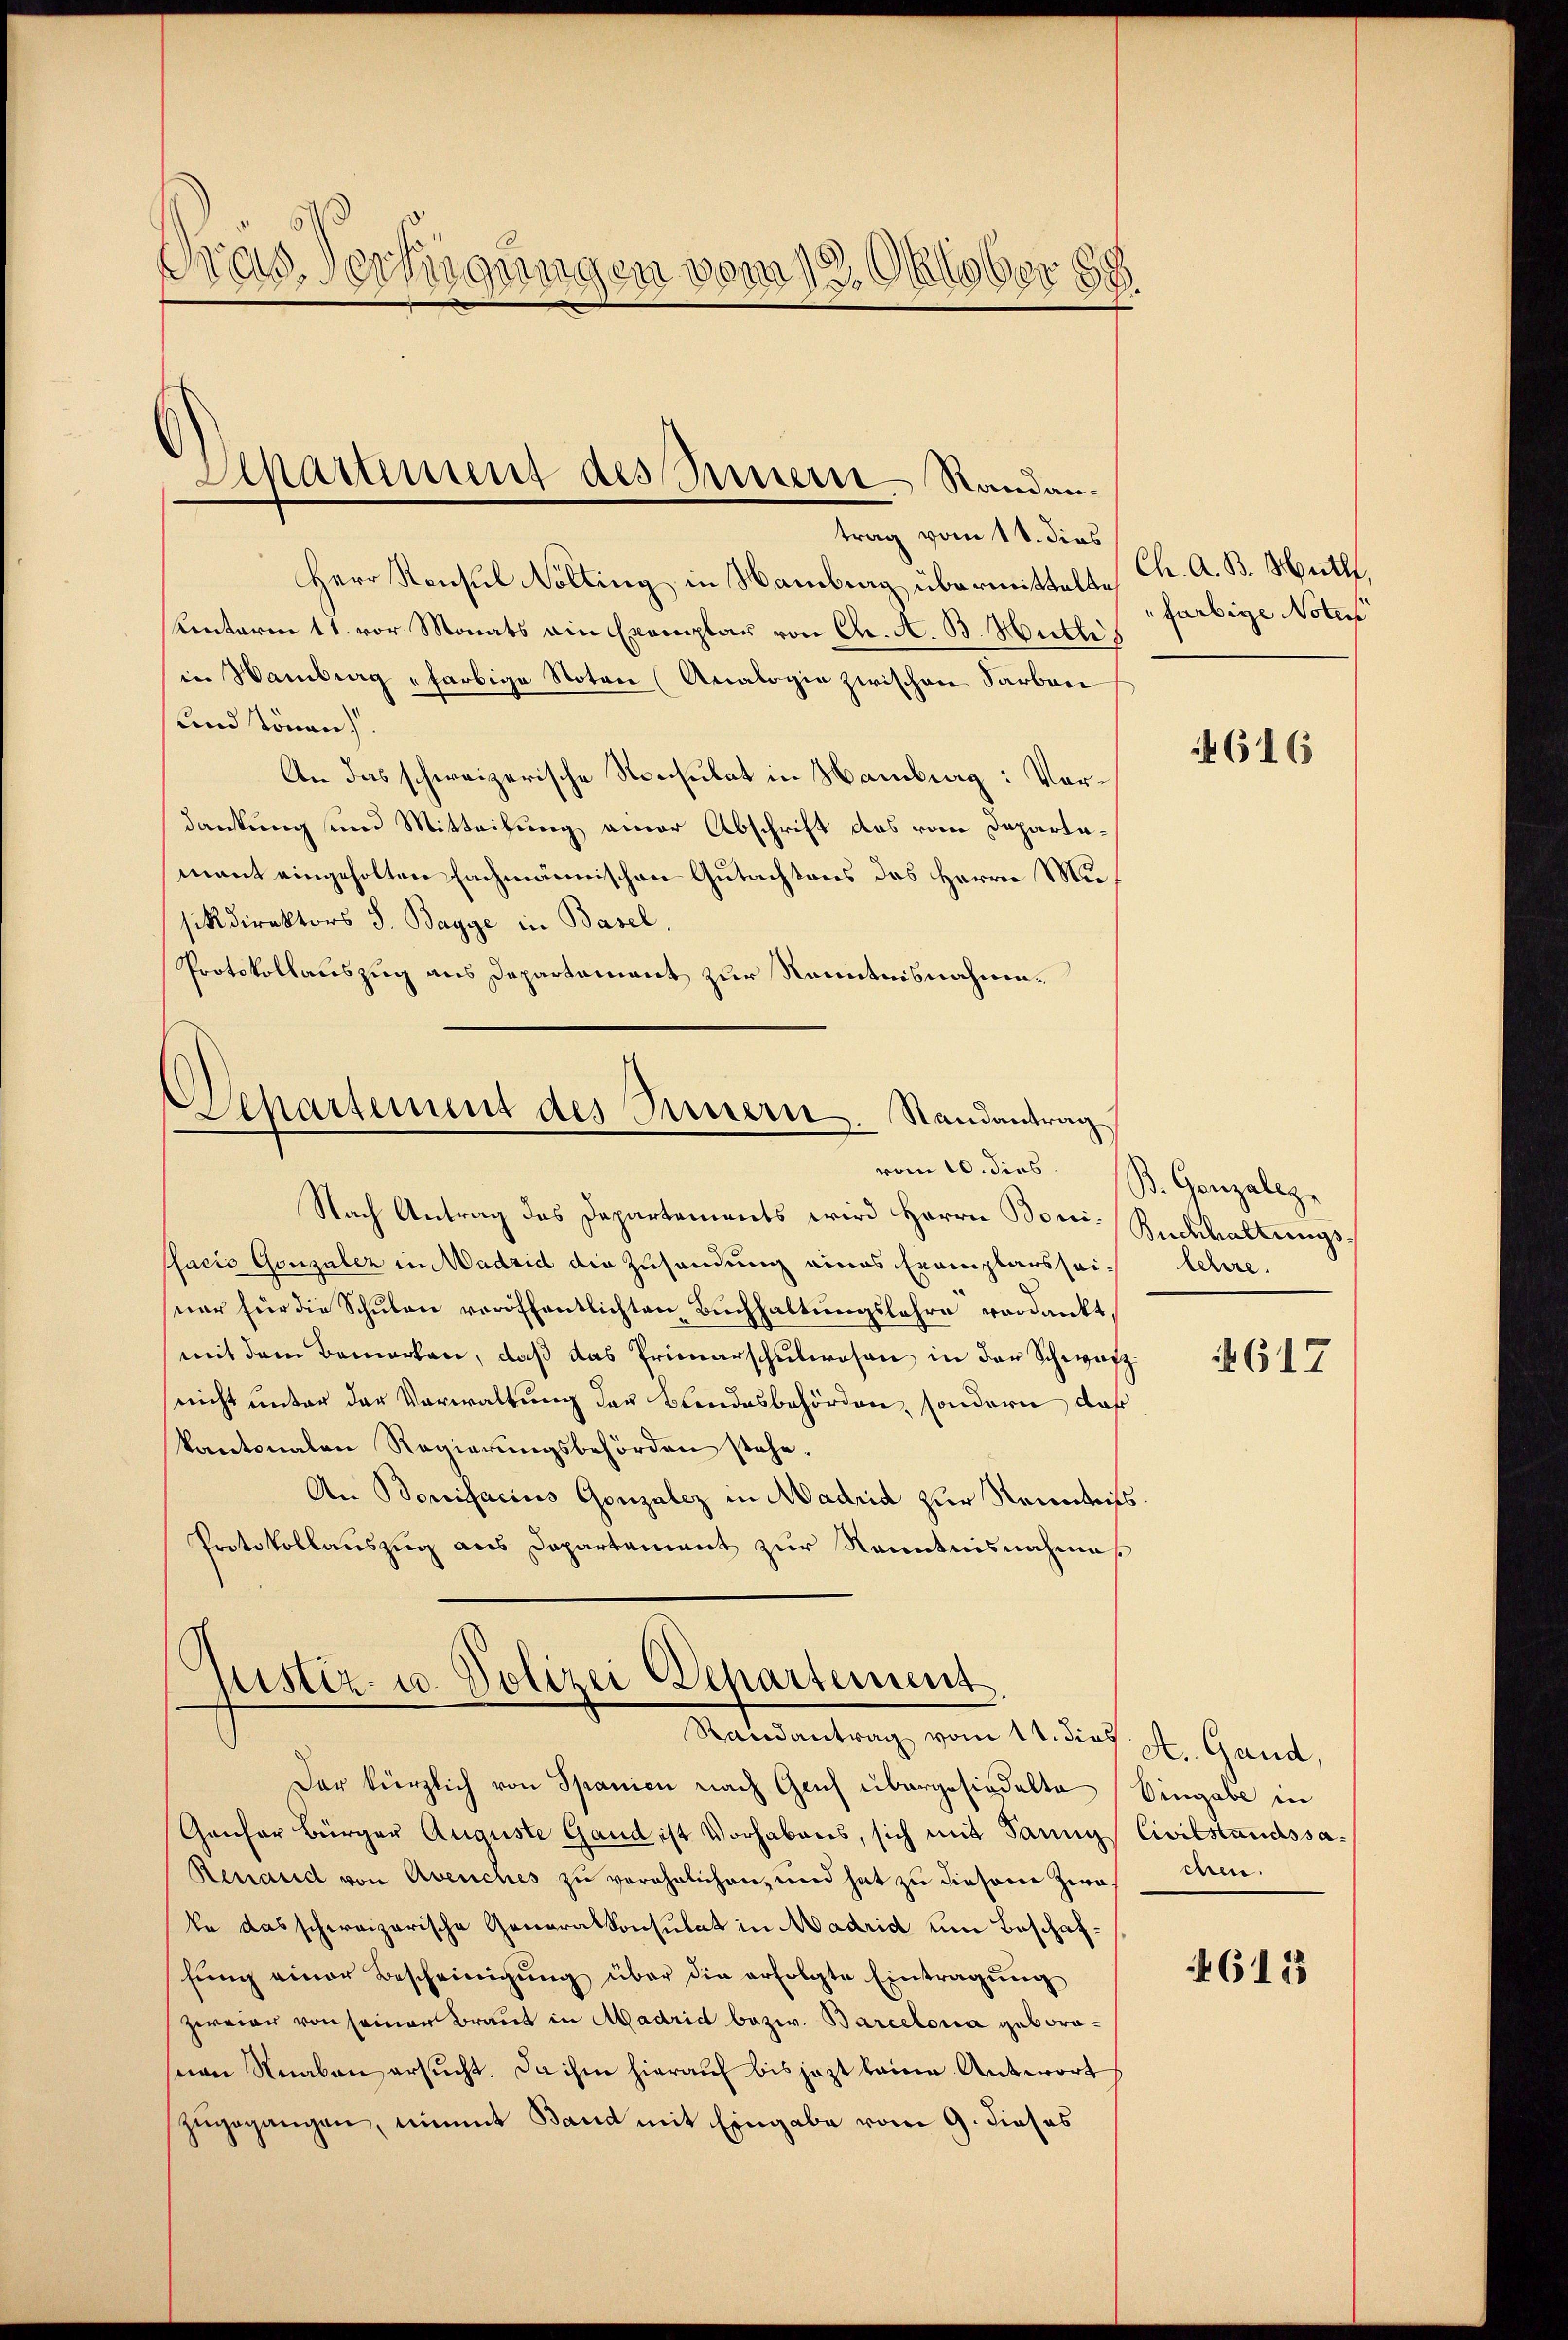
Gras Verfügungen vom 12. Oktober

Shartement des Presser-Standantrag vom 11. dies

Herr Konsul Kolling in Namberg übermittelte Ch. A. B. Wethl.
Kentarin 11. vor Monats ein Exemplar von Chr. A. B. Hullis
in Hamburg farbige Noten (Analogie zwischen Farben
und Tönen
An das schweizerische Ronsulat in Hamburg: Vordankung und Mitteilung einer Abschrift das vom Departemant eingeholten Fachmännischen Gutachtens des Herrn Musikdirektors J. Bagge in Basel.
Protokollauszug aus Departement zur Kenntnisnahme¬

Departement des Innern. Randantrag
Nach Antrag des Departements wird Herrn Boni. Rückhaltungs¬

Pfacio Gonzuler in Madrid die Zusendung eines Exemplars seiner für die Schulen veröffentlichten Buchhaltungslehre verdankt,
mit dem Bemerken, daß das Primarschulwesen in der Schwarz
nicht unter der Vorwaltung der Bundesbehörden, sondern, daß
kantonalen Regierŭngsbehörden stehe.
An Bonifacius Gonzalez in Madrid zur Reinheits
Protokollauszug aus Dapartement zur Kenntnisnahmes

Justiz- u. Polizei Departement.
Randantrag vom 11. dies

vom 20. dies B. Genzabez

Der kürzlich von Spanien nach Geich übergesiedelte
Ganfer Bürger Auguste Gand ist Vorhabens, sich mit Sanng Civilstandssa¬
Renaud von Avenches zu verähnlichen, und hat zu diesem Zwa
ke das schweizerische Generalkonsulat in Madrid um Beschaffŭng einer Bescheinigŭng über die erfolgte Eintragŭng
zereier von seinen Braut in Madrid bezw. Barcelona geboresian Knaben ersucht. Da ihm hierauf bis jezt keine Antwort
zugegangen, nimmt Band mit Eingabe vom 9. dieses

farbige Noter

616

lehre.
4617

A. Gand,
Vingabe in
chen.
461